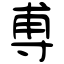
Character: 尃